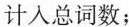
计入总词数；